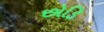
છોડિ